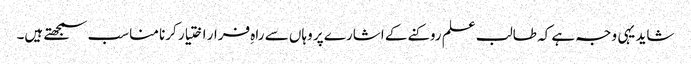
شاید یہی وجہ ہے کہ طالب علم روکنے کے اشارے پر وہاں سے راہِ فرار اختیار کرنا مناسب سمجھتے ہیں۔